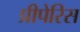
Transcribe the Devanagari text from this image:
प्रीपेरिस